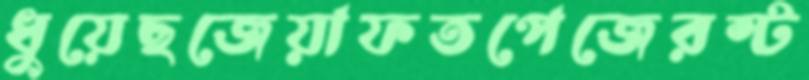
ধুয়েছজেয়াফতপেজেরস্ট